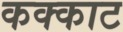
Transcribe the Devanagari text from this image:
कक्काट